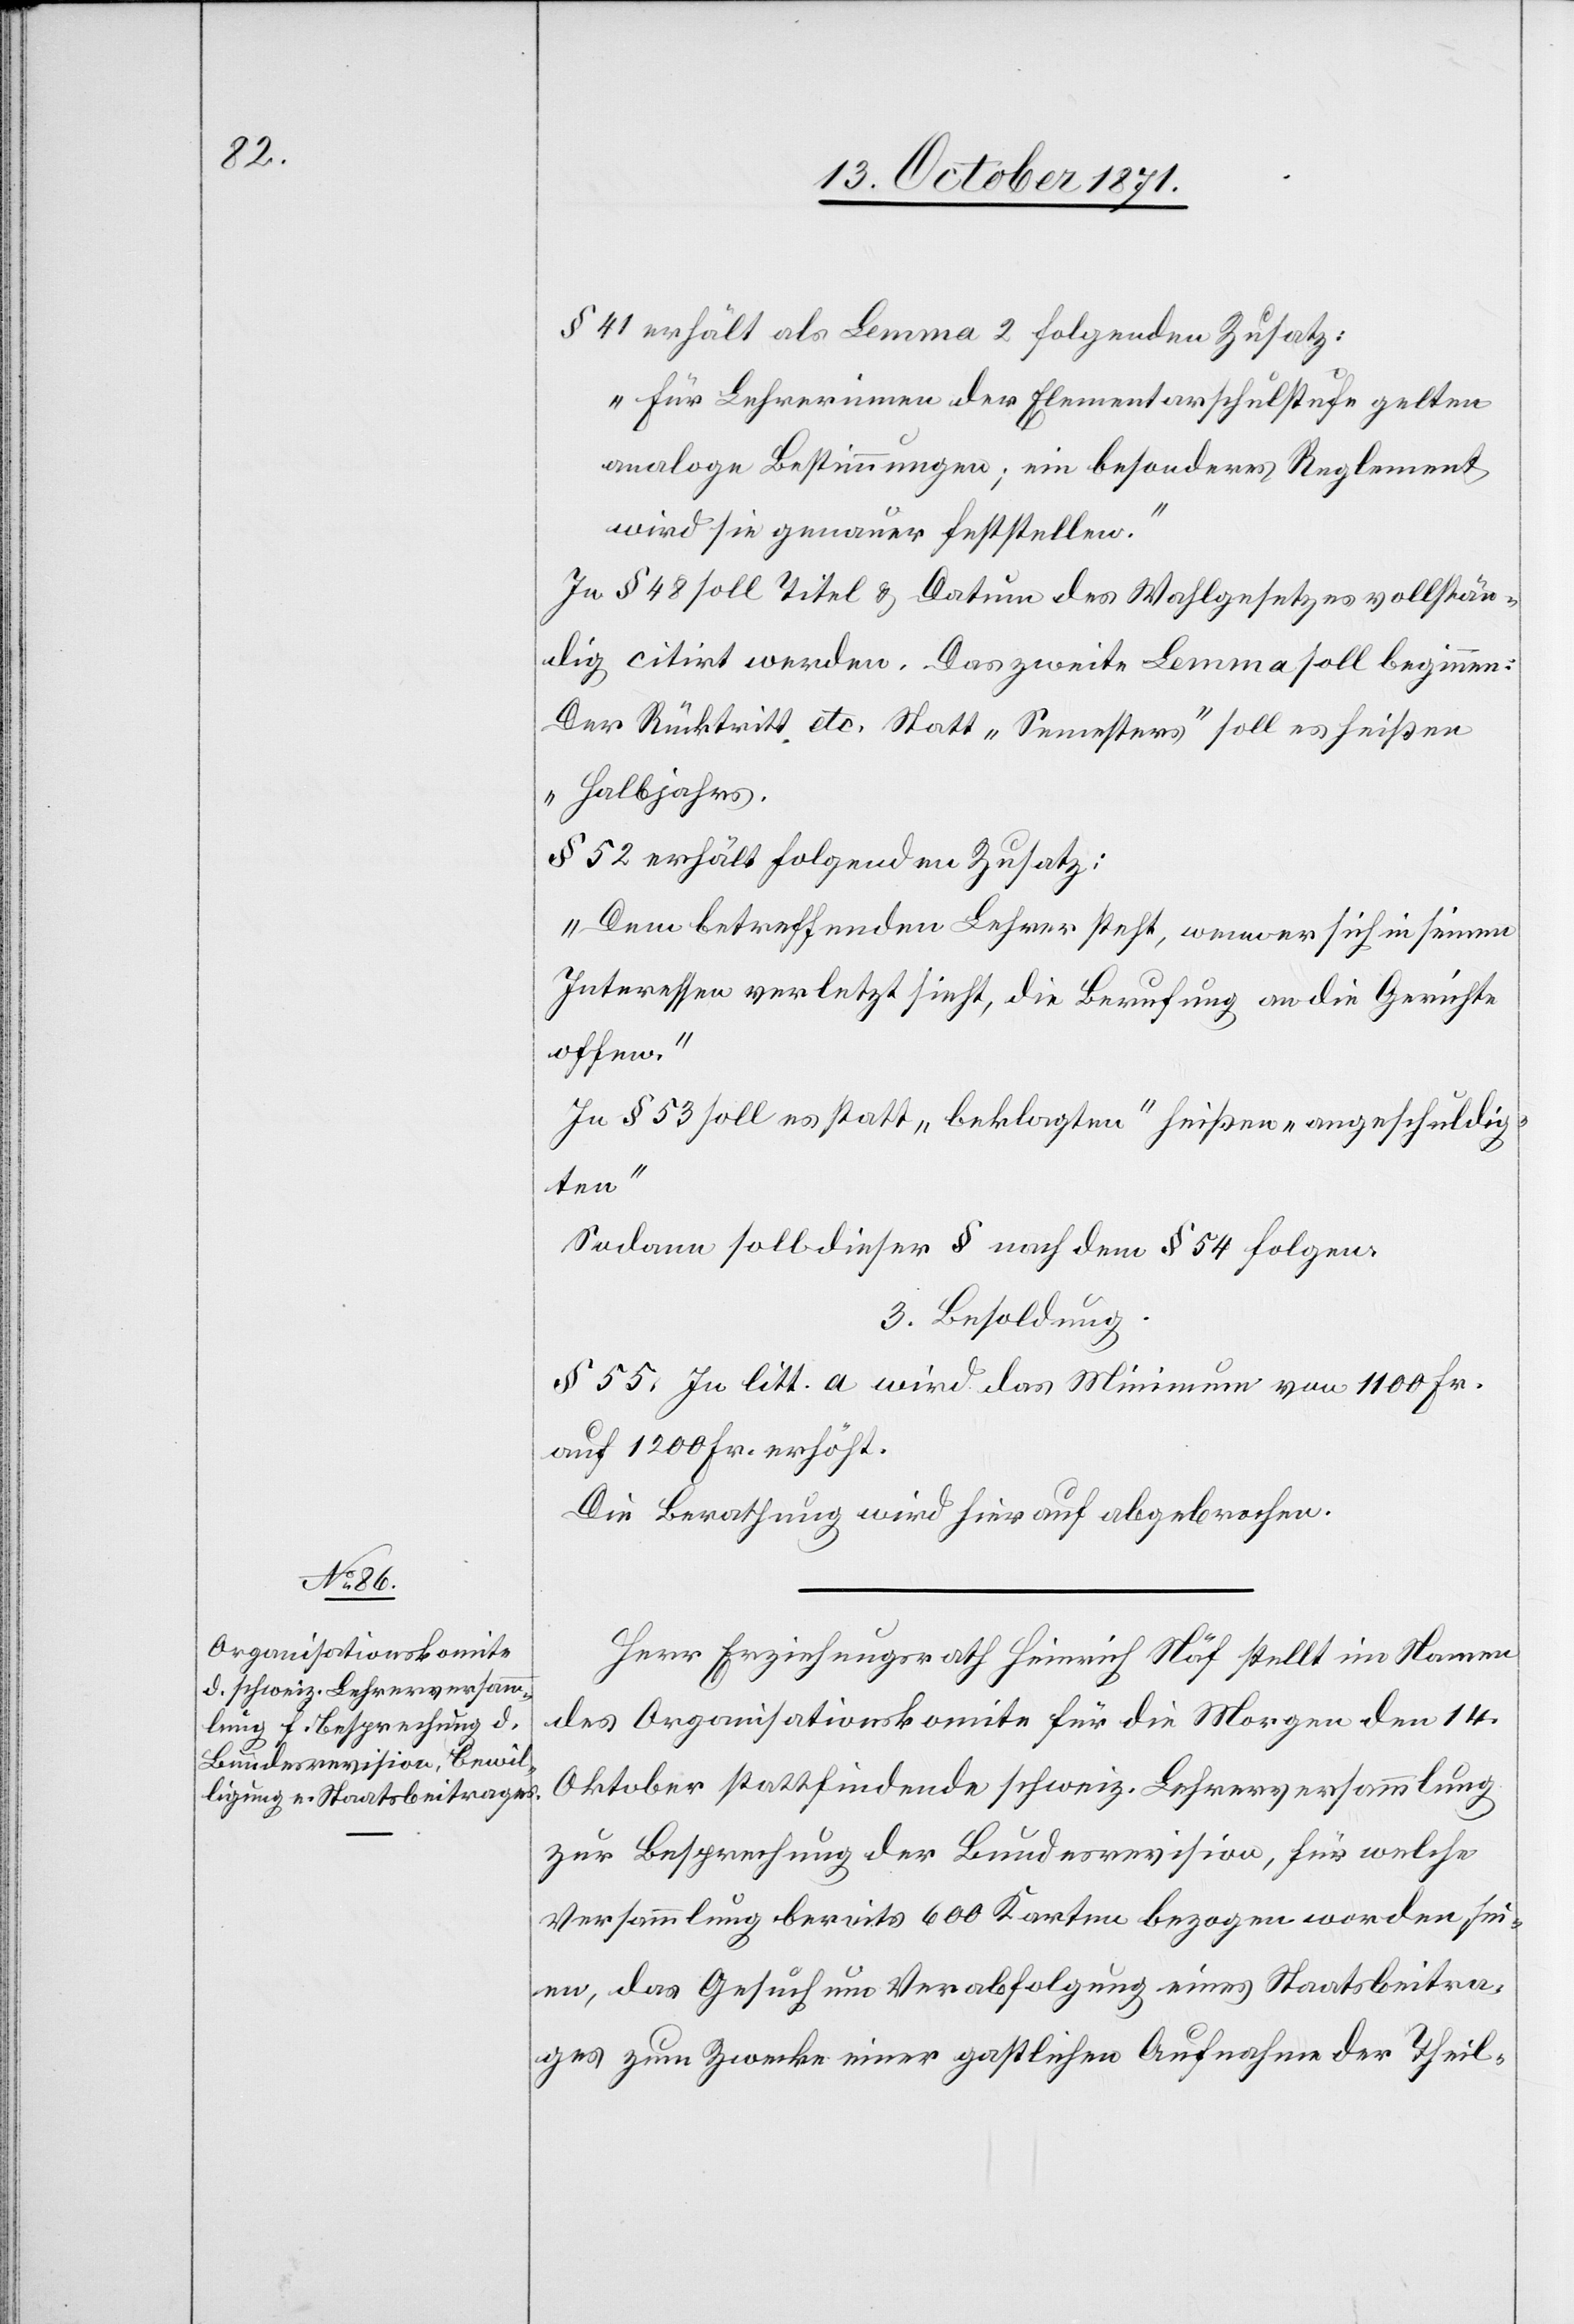
§ 41 erhält als Lemma 2 folgenden Zusatz:
„Für Lehrerinnen der Elementarschulstufe gelten
analoge Bestimmungen; ein besonderes Reglement
wird sie genauer feststellen.“
In § 48 soll Titel & Datum des Wahlgesetzes vollstän¬
dig citirt werden. Das zweite Lemma soll beginnen:
Der Rücktritt etc. Statt „Semesters“ soll es heißen
„Halbjahrs“.
§ 52 erhält folgenden Zusatz:
„Dem betreffenden Lehrer steht, wenn er sich in seinem
Interesse verletzt sieht, die Berufung an die Gerichte
offen.“
In § 53 soll es statt „beklagten“ heißen „angeschuldig¬
ten“
Sodann soll dieser § nach dem § 54 folgen:
Besoldung.
§ 55. In litt. a wird das Minimum von 1100 Fr.
auf 1200 Fr. erhöht.
Die Berathung wird hierauf abgebrochen.
Herr Erziehungsrath Heinrich Näf stellt im Namen
des Organisationskomite für die Morgen den 14.
Oktober stattfindende schweiz. Lehrerversammlung
zur Besprechung der Bundesrevision, für welche
Versammlung bereits 600 Karten bezogen worden sei¬
en, das Gesuch um Verabfolgung eines Staatsbeitra¬
ges zum Zwecke einer gastlichen Aufnahme der Theil-